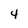
Character: 4